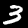
Digit: 3